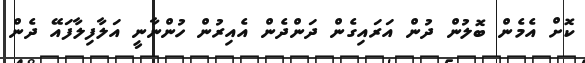
ކޮށް އެމެން ބޮލުން ދުން އަރައިގެން ދަންދެން އެއިރުން ހުންނާނީ އަލާފިލާފައޭ ދެން